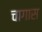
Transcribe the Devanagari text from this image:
चागास